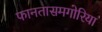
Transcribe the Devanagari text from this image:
फानतासमगोरिया